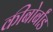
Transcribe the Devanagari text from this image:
कीबोर्बांड